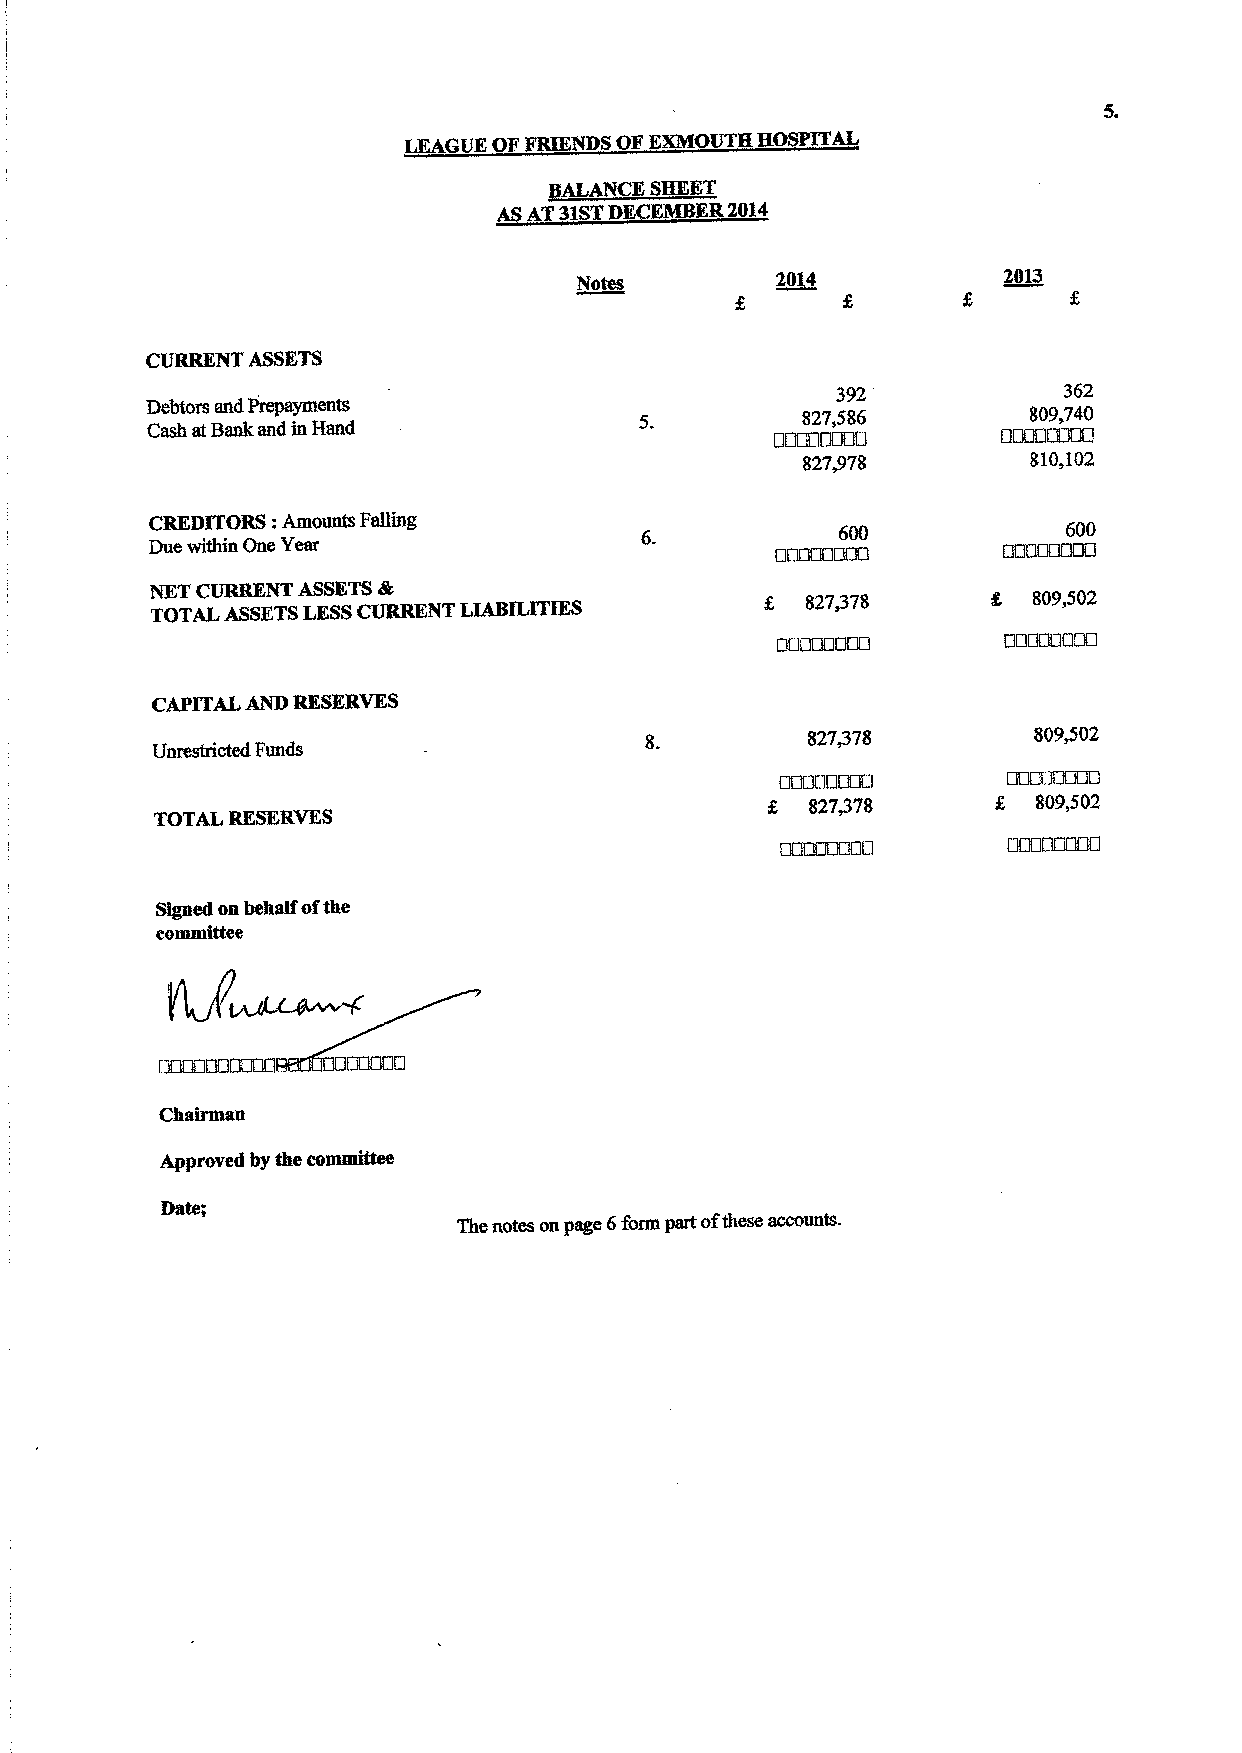
LEAGUE OFFRIENDS OFKXMOUTH HOSPITAL
 ASAT31STDECEMB R2014
 2~04           2013
 392            362
 Debtors and Prepayments                    827,586        809,740
 Cash atBank and in Hand
 OOOOOOGO       OOOODOUG
 827@78         $10,102
 CREDITORS:Amounts Falling
 600            600
 Due within One Year                      CIIXlUCIOUC!   OUOOOUUO
 NET CURRENT ASSETSdt
 TOTAL ASSETSLESSCURRENT LIABILITIES        827,378        809,502
 DDUOODDU       DUDDCGOU
 CAPITAL AND RESERVES
 827/78         809@02
 Unrestricted Funds
 CD' ODD        CIDODOUUO
 827@78         809,502
 TOTAL RESERVES
 Signed on behalf ofthe
 committee
 Chairman
 Approved by the committee
 Date
 The notes on page 6form part ofthese accounts.